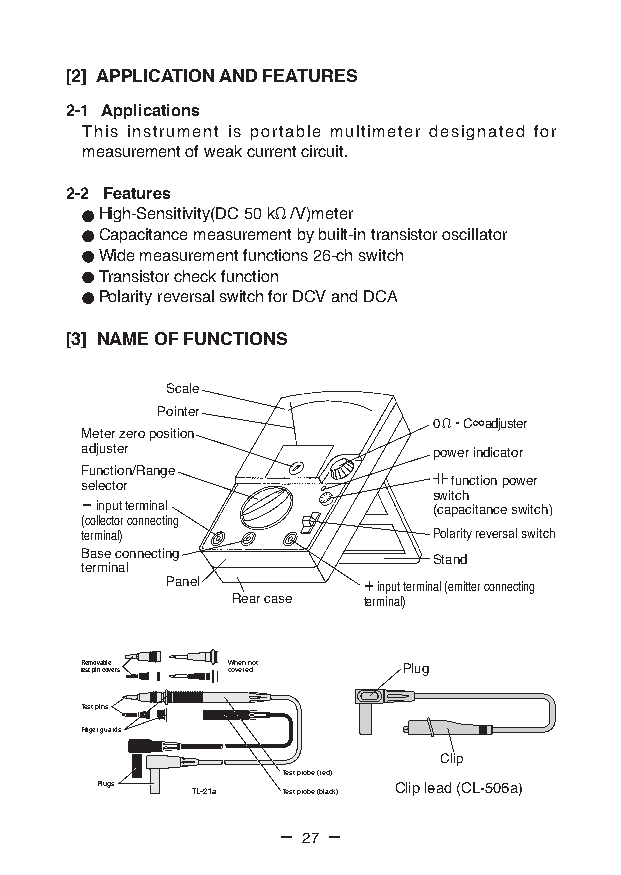
[2] APPLICATION AND FEATURES
 2-1 Applications
 This instrument is portable multimeter designated for
 measurement of weak current circuit.
 2-2 Features
 High-Sensitivity(DC 50 kΩ /V)meter
 Capacitance measurement by built-in transistor oscillator
 Wide measurement functions 26-ch switch
 Transistor check function
 Polarity reversal switch for DCV and DCA
 [3] NAME OF FUNCTIONS
 Scale
 Pointer
 0 Ω・C∞adjuster
 Meter zero position
 adjuster                power indicator
 Function/Range
 selector                 function power
 switch
 − input terminal        (capacitance switch)
 (collector connecting
 terminal)               Polarity reversal switch
 Base connecting
 Stand
 terminal
 Panel        ＋ input terminal (emitter connecting
 Rear case terminal)
 Removable When not
 test pin covers covered Plug
 Test pins
 Finger guards
 Clip
 Test probe (red)
 Plugs  TL-21a Test probe (black) Clip lead (CL-506a)
 — 27 —